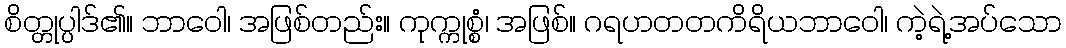
စိတ္တုပ္ပါဒ်၏။ ဘာဝေါ၊ အဖြစ်တည်း။ ကုက္ကုစ္စံ၊ အဖြစ်။ ဂရဟတတကိရိယဘာဝေါ၊ ကဲ့ရဲ့အပ်သော